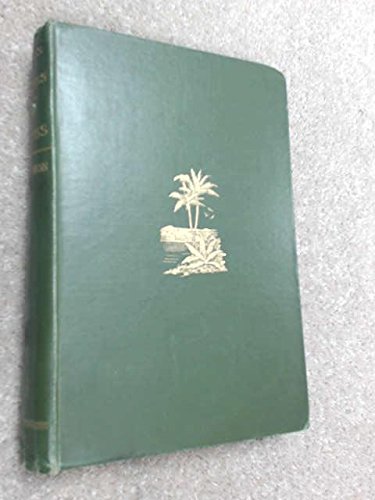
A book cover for Letters and sketches from the New Hebrides; Margaret Whitecross Paton; Travel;